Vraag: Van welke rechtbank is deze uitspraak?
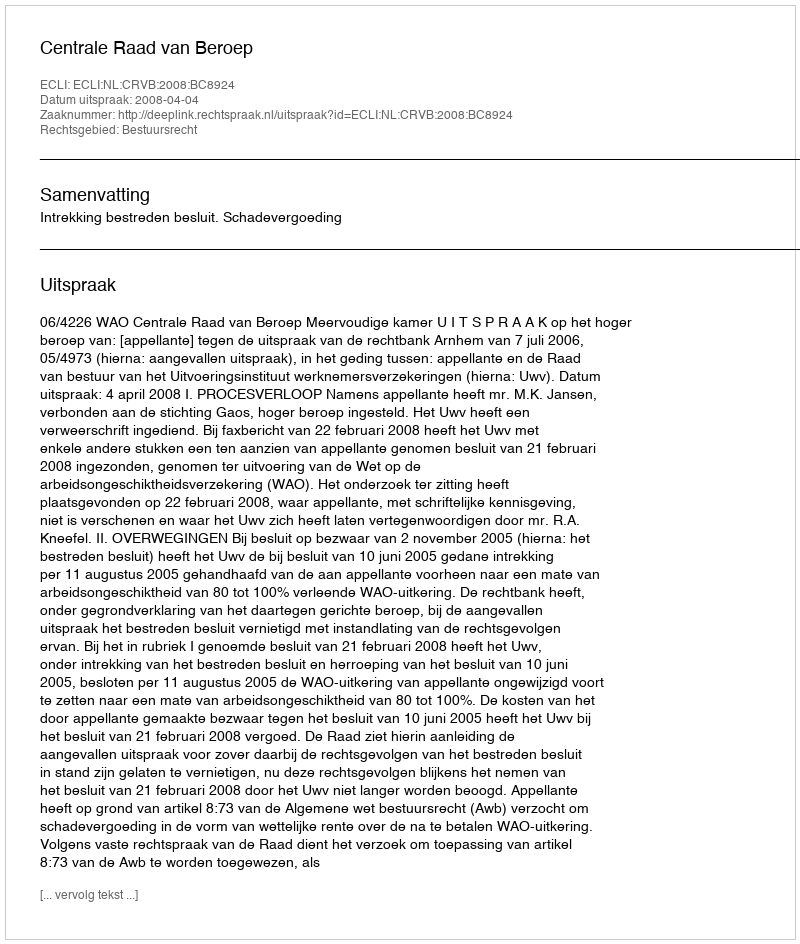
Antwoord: Centrale Raad van Beroep